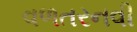
વળતરનવી